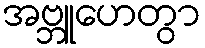
အဗ္ဘူဟေတွာ